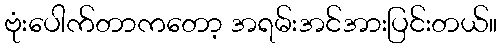
ဗုံးပေါက်တာကတော့ အရမ်းအင်အားပြင်းတယ်။